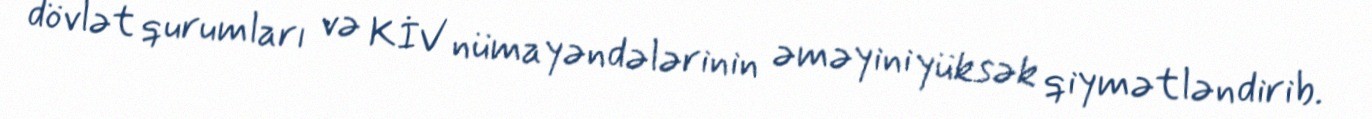
dövlət qurumları və KİV nümayəndələrinin əməyini yüksək qiymətləndirib.